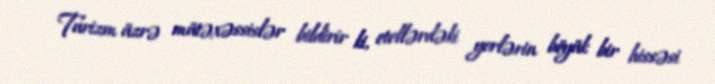
Turizm üzrə mütəxəssislər bildirir ki, otellərdəki yerlərin böyük bir hissəsi